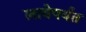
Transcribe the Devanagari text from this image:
लावेपर्यंत